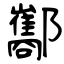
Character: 酅